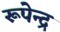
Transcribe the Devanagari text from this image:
रूपेन्द्र